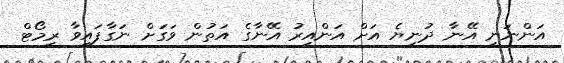
އަންނަނީ އޭނާ ދުނިޔެ އަށް އަންއިރު އޭނާގެ އަތުން ވަގަށް ނަގާފައިވާ ރިމޯޓް